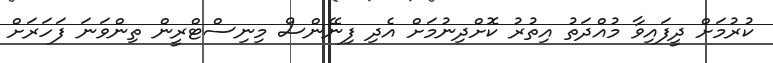
ކުރުމަށް ދީފައިވާ މުއްދަތު އިތުރު ކޮށްދިނުމަށް އެދި ފިނޭންސް މިނިސްޓްރީން ތިންވަނަ ފަހަރަށް